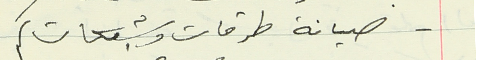
- صيانة طرقات وشبكات